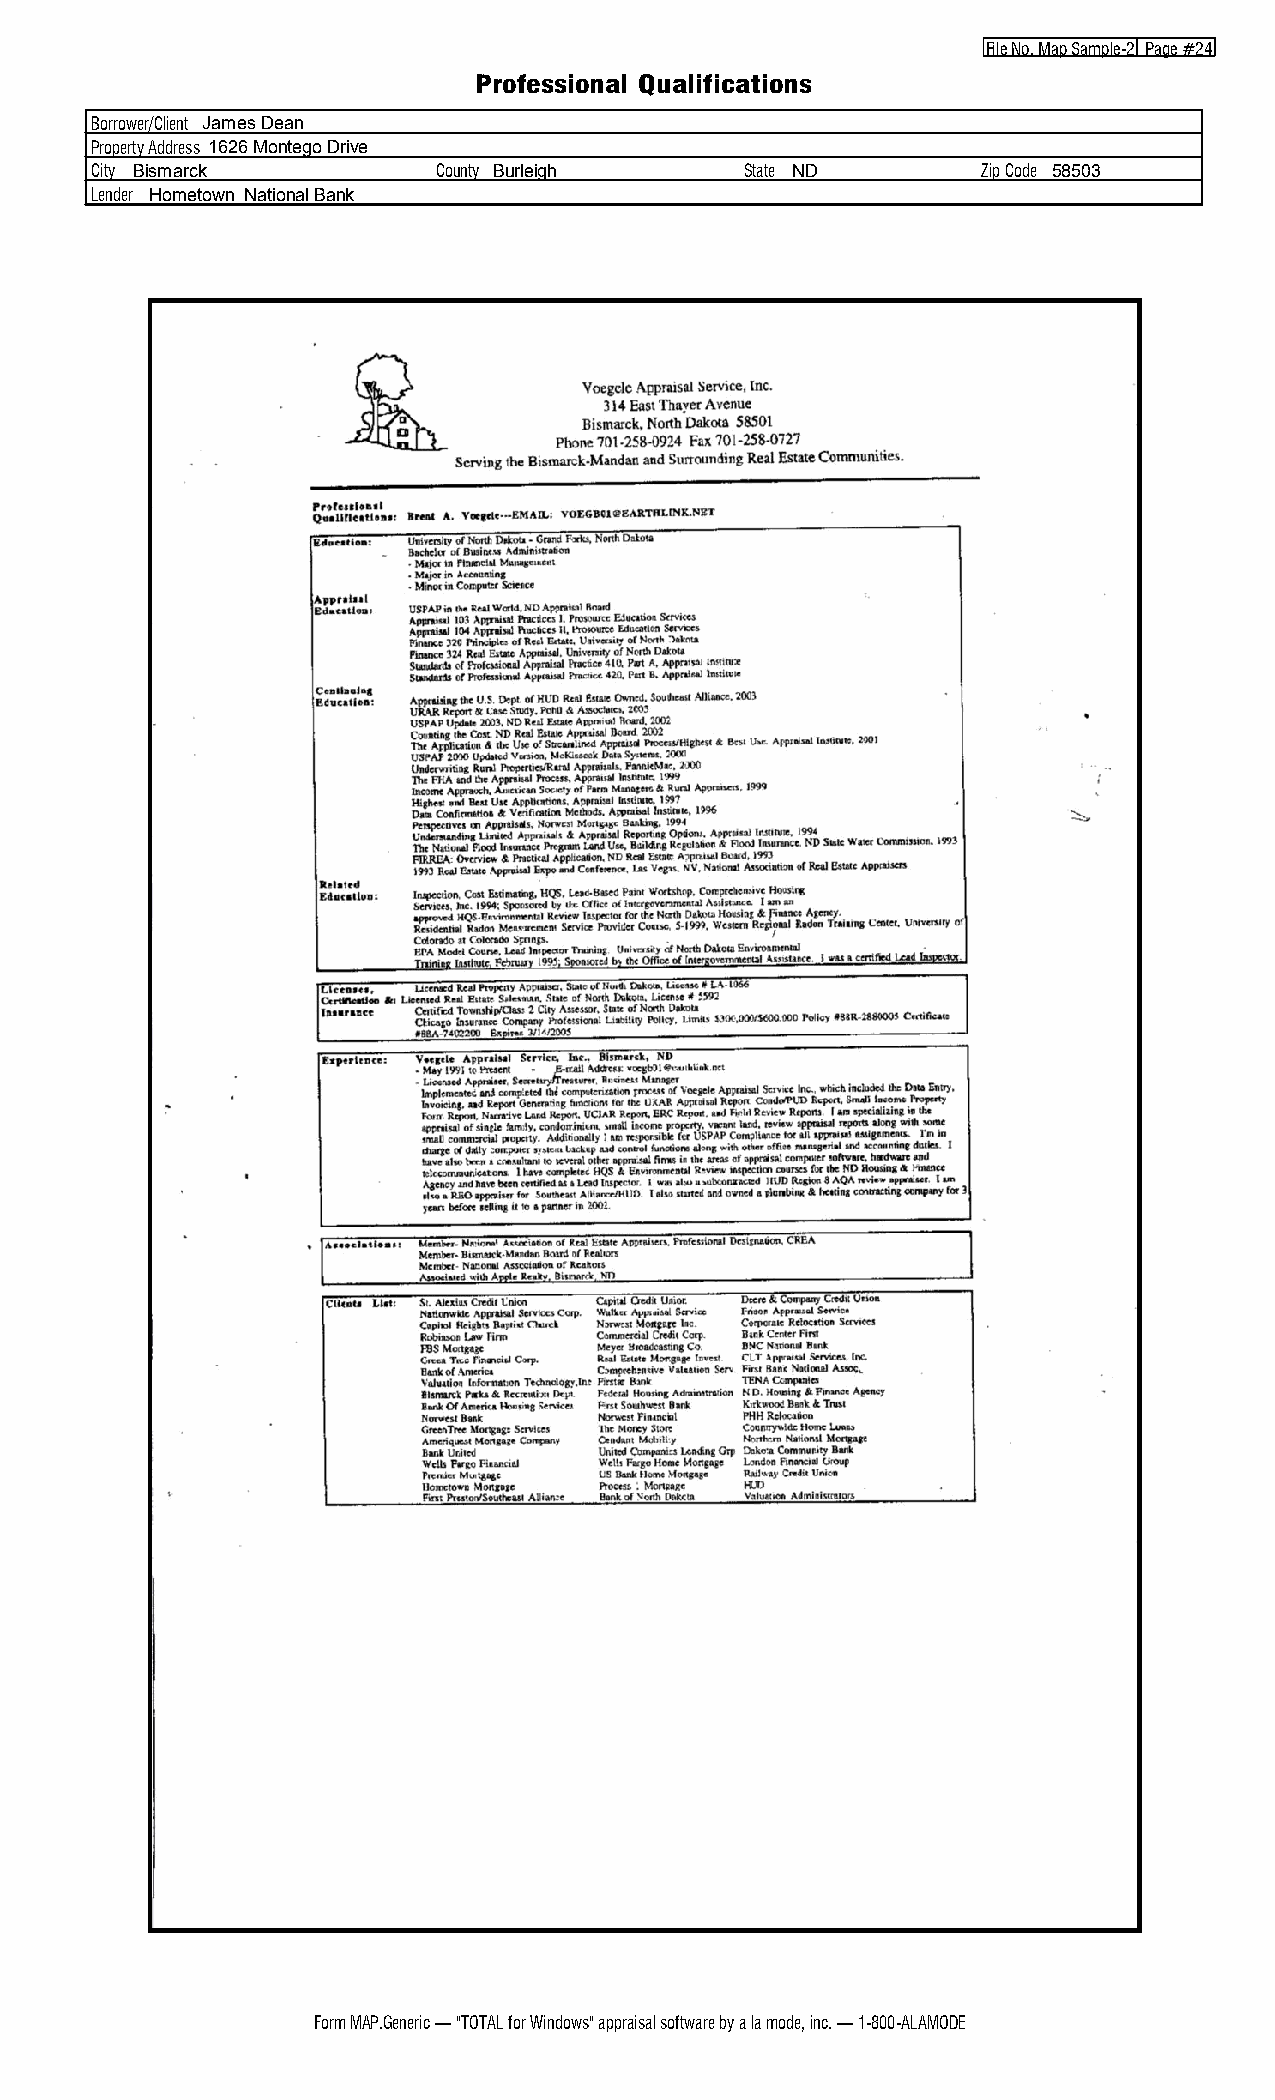
File No. Map Sample 2 Page #24
 Professional Qualifications
 Borrower/Client James Dean
 Property Address 1626 Montego Drive
 City Bismarck          County Burleigh     State ND        Zip Code 58503
 Lender Hometown National Bank
 Form MAP.Generic — "TOTAL for Windows" appraisal software by a la mode, inc. — 1 800 ALAMODE